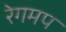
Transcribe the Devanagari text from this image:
रेगमप